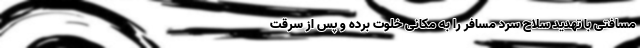
مسافتی با تهدید سلاح سرد مسافر را به مکانی خلوت برده و پس از سرقت